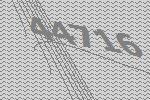
44716